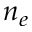
n _ { e }